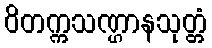
ဝိတက္ကသဏ္ဌာနသုတ္တံ